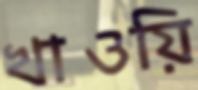
খাওয়ি